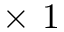
\times \ 1